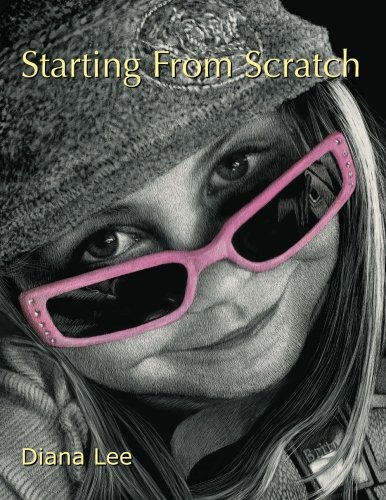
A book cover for Starting From Scratch: A plethora of information for creating scratchboard art in black & white and color; Diana Lee; Arts & Photography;